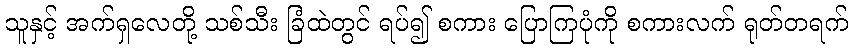
သူနှင့် အက်ရှလေတို့ သစ်သီး ခြံထဲတွင် ရပ်၍ စကား ပြောကြပုံကို စကားလက် ရုတ်တရက်